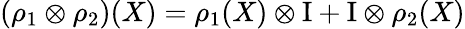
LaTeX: (\rho_{1}\otimes\rho_{2})(X)=\rho_{1}(X)\otimes\mathrm{I}+\mathrm{I}\otimes\rho_{2}(X)